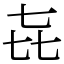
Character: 㐂